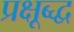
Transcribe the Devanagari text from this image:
प्रक्षूब्द्ध